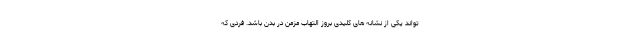
تواند یکی از نشانه های کلیدی بروز التهاب مزمن در بدن باشد. فردی که